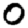
Digit: 0